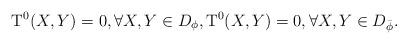
LaTeX: \begin{align*}\mathrm{T}^{0}(X,Y)=0, \forall X, Y \in D_{\phi}, \mathrm{T}^{0}(X,Y)=0, \forall X, Y \in D_{\bar\phi}.\end{align*}